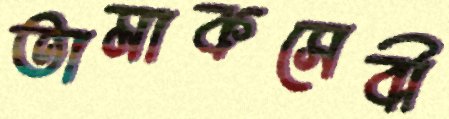
তামাকসেবী